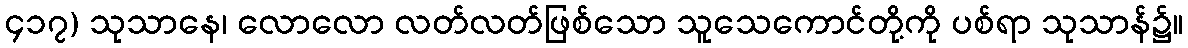
၄၁၇) သုသာနေ၊ လောလော လတ်လတ်ဖြစ်သော သူသေကောင်တို့ကို ပစ်ရာ သုသာန်၌။